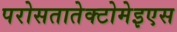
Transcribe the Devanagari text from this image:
परोसतातेक्टोमेइएस